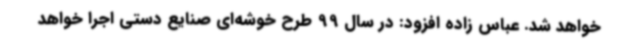
خواهد شد. عباس زاده افزود: در سال 99 طرح خوشه‌ای صنایع دستی اجرا خواهد